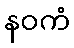
နဝကံ